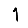
Digit: 1